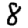
Digit: 8